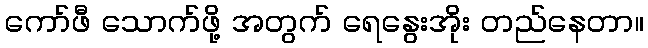
ကော်ဖီ သောက်ဖို့ အတွက် ရေနွေးအိုး တည်နေတာ။